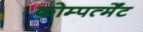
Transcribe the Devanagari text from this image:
कोम्पर्त्मेंट